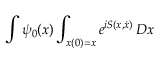
\int \psi _ { 0 } ( x ) \int _ { x ( 0 ) = x } e ^ { i S ( x , { \dot { x } } ) } \, D x